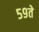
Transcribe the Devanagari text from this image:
५९ते